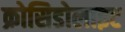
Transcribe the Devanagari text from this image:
क्रोसिडोलाइट